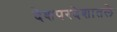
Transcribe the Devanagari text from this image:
देशपरदेशातले